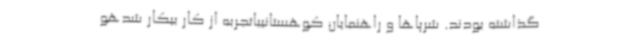
گذاشته بودند. شرپاها و راهنمایان کوهستانیباتجربه از کار بیکار شدهو